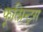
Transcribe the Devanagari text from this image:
फूत्प्रिन्ट्स